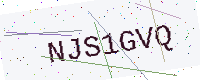
Text: NJS1GVQ